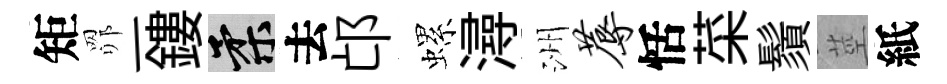
矩𦊑一鏤柔去邙螺潯洲蓐恬菜鬚莖紙